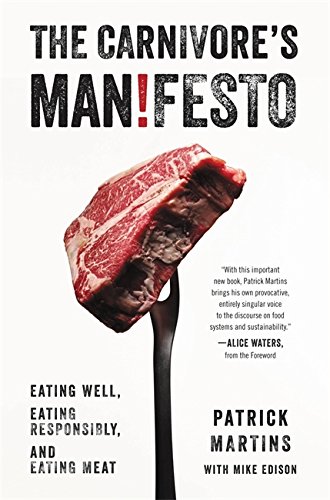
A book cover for The Carnivore's Manifesto: Eating Well, Eating Responsibly, and Eating Meat; Patrick Martins; Health, Fitness & Dieting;